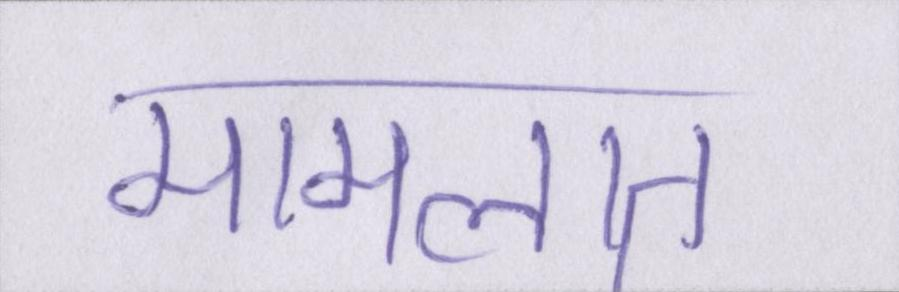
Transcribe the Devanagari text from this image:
मामलात